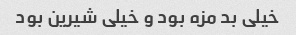
خیلی بد مزه بود و خیلی شیرین بود